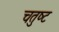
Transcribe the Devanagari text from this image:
चतुष्‍ट